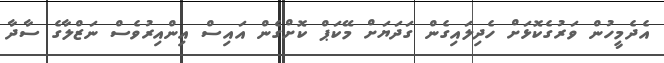
އެދެމީހުން ވަރުގެކޮޅަށް ހެދިލައިގެން ގަދަޔަށް މޭކަޕް ކޮށްގެން އައިސް އިންއިރުވެސް ނަޒްލާގެ ސާދާ